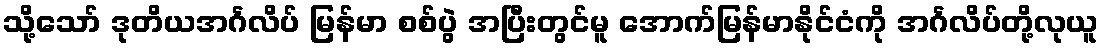
သို့သော် ဒုတိယအင်္ဂလိပ် မြန်မာ စစ်ပွဲ အပြီးတွင်မူ အောက်မြန်မာနိုင်ငံကို အင်္ဂလိပ်တို့လုယူ